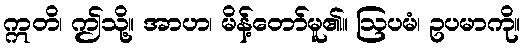
ဣတိ၊ ဤသို့။ အာဟ၊ မိန့်တော်မူ၏။ ဩပမံ၊ ဥပမာကို။